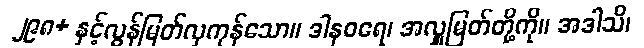
၂၉၈+ နှင့်လွန်မြတ်လှကုန်သော။ ဒါနဝရေ၊ အလှူမြတ်တို့ကို။ အဒါသိ၊